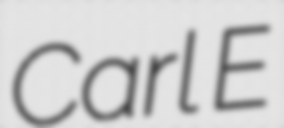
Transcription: Carl E